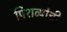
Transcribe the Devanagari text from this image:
पिशव्यांची